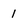
Character: 1